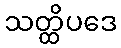
သတ္ထိပဒေ